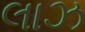
લાઝ